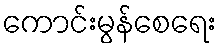
ကောင်းမွန်စေရေး